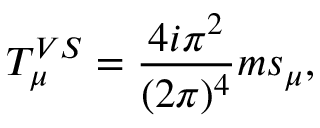
T _ { \mu } ^ { V S } = \frac { 4 i \pi ^ { 2 } } { ( 2 \pi ) ^ { 4 } } m s _ { \mu } ,